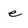
Character: e